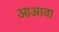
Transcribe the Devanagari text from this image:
आअावा